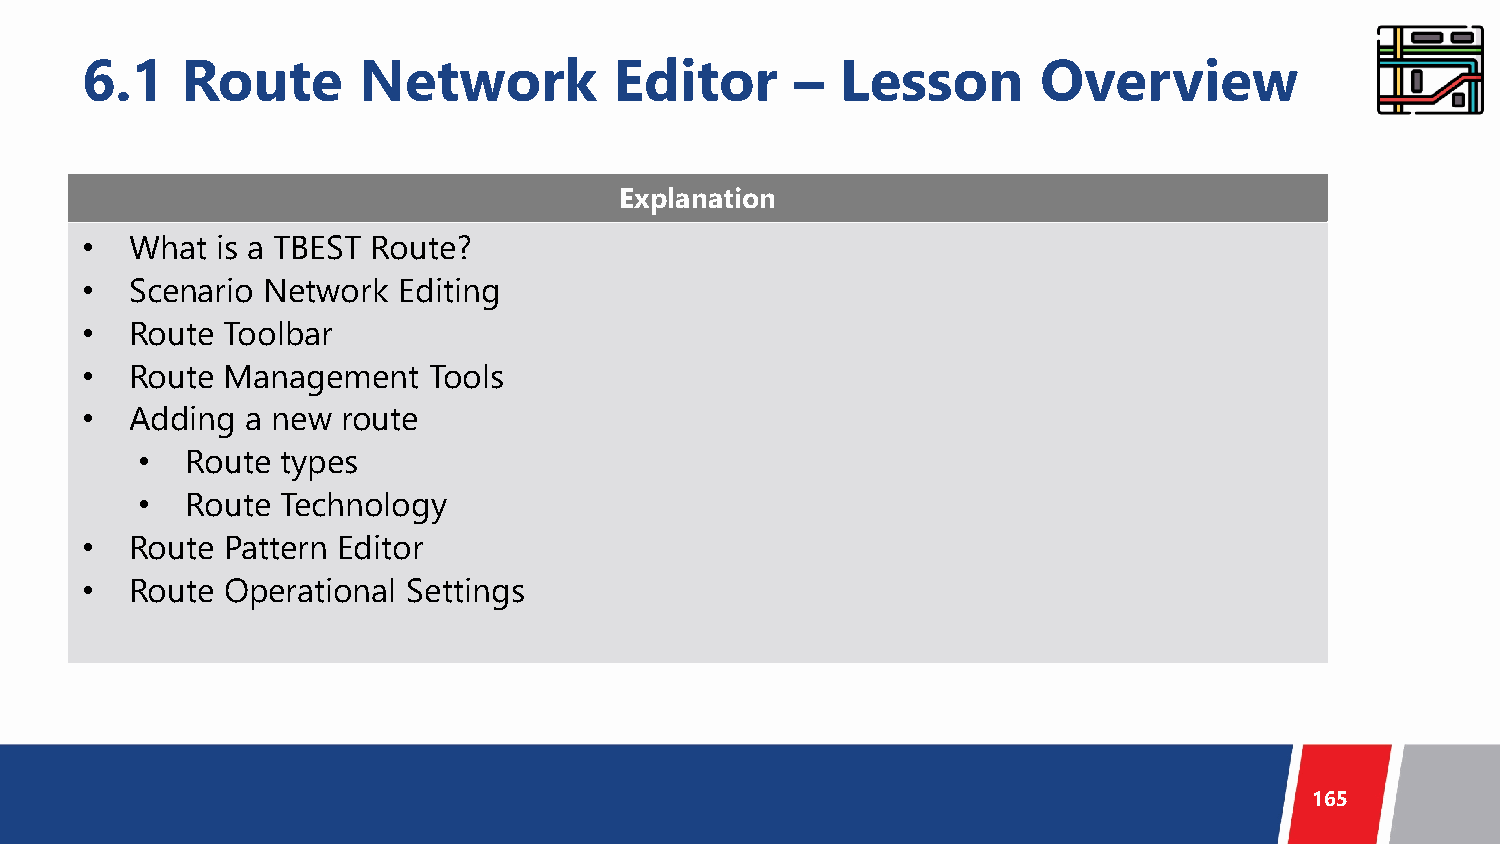
6.1    Route       Network          Editor      –  Lesson       Overview
 Explanation
 •   What is a TBEST Route?
 •   Scenario Network Editing
 •   Route Toolbar
 •   Route Management   Tools
 •   Adding a new  route
 •  Route  types
 •  Route  Technology
 •   Route Pattern Editor
 •   Route Operational Settings
 165